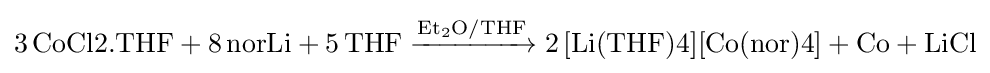
{3\,{\text{CoCl2.THF}}{}+{}8\,{\text{norLi}}{}+{}5\,{\text{THF}}{}\mathrel {\xrightarrow {\mathrm {Et} {\vphantom {A}}_{\smash[{t}]{2}}\mathrm {O} /\mathrm {THF} } } {}2\,{\text{[Li(THF)4][Co(nor)4]}}{}+{}{\text{Co}}{}+{}\mathrm {LiCl} }